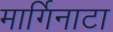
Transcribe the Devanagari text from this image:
मार्गिनाटा